Bréfritari: Guðrún Eldjárnsdóttir eldri
Dagsetning: A-1831-06-20
Skrifað á: Brekkukot  Skag.
systir bréfviðtakanda

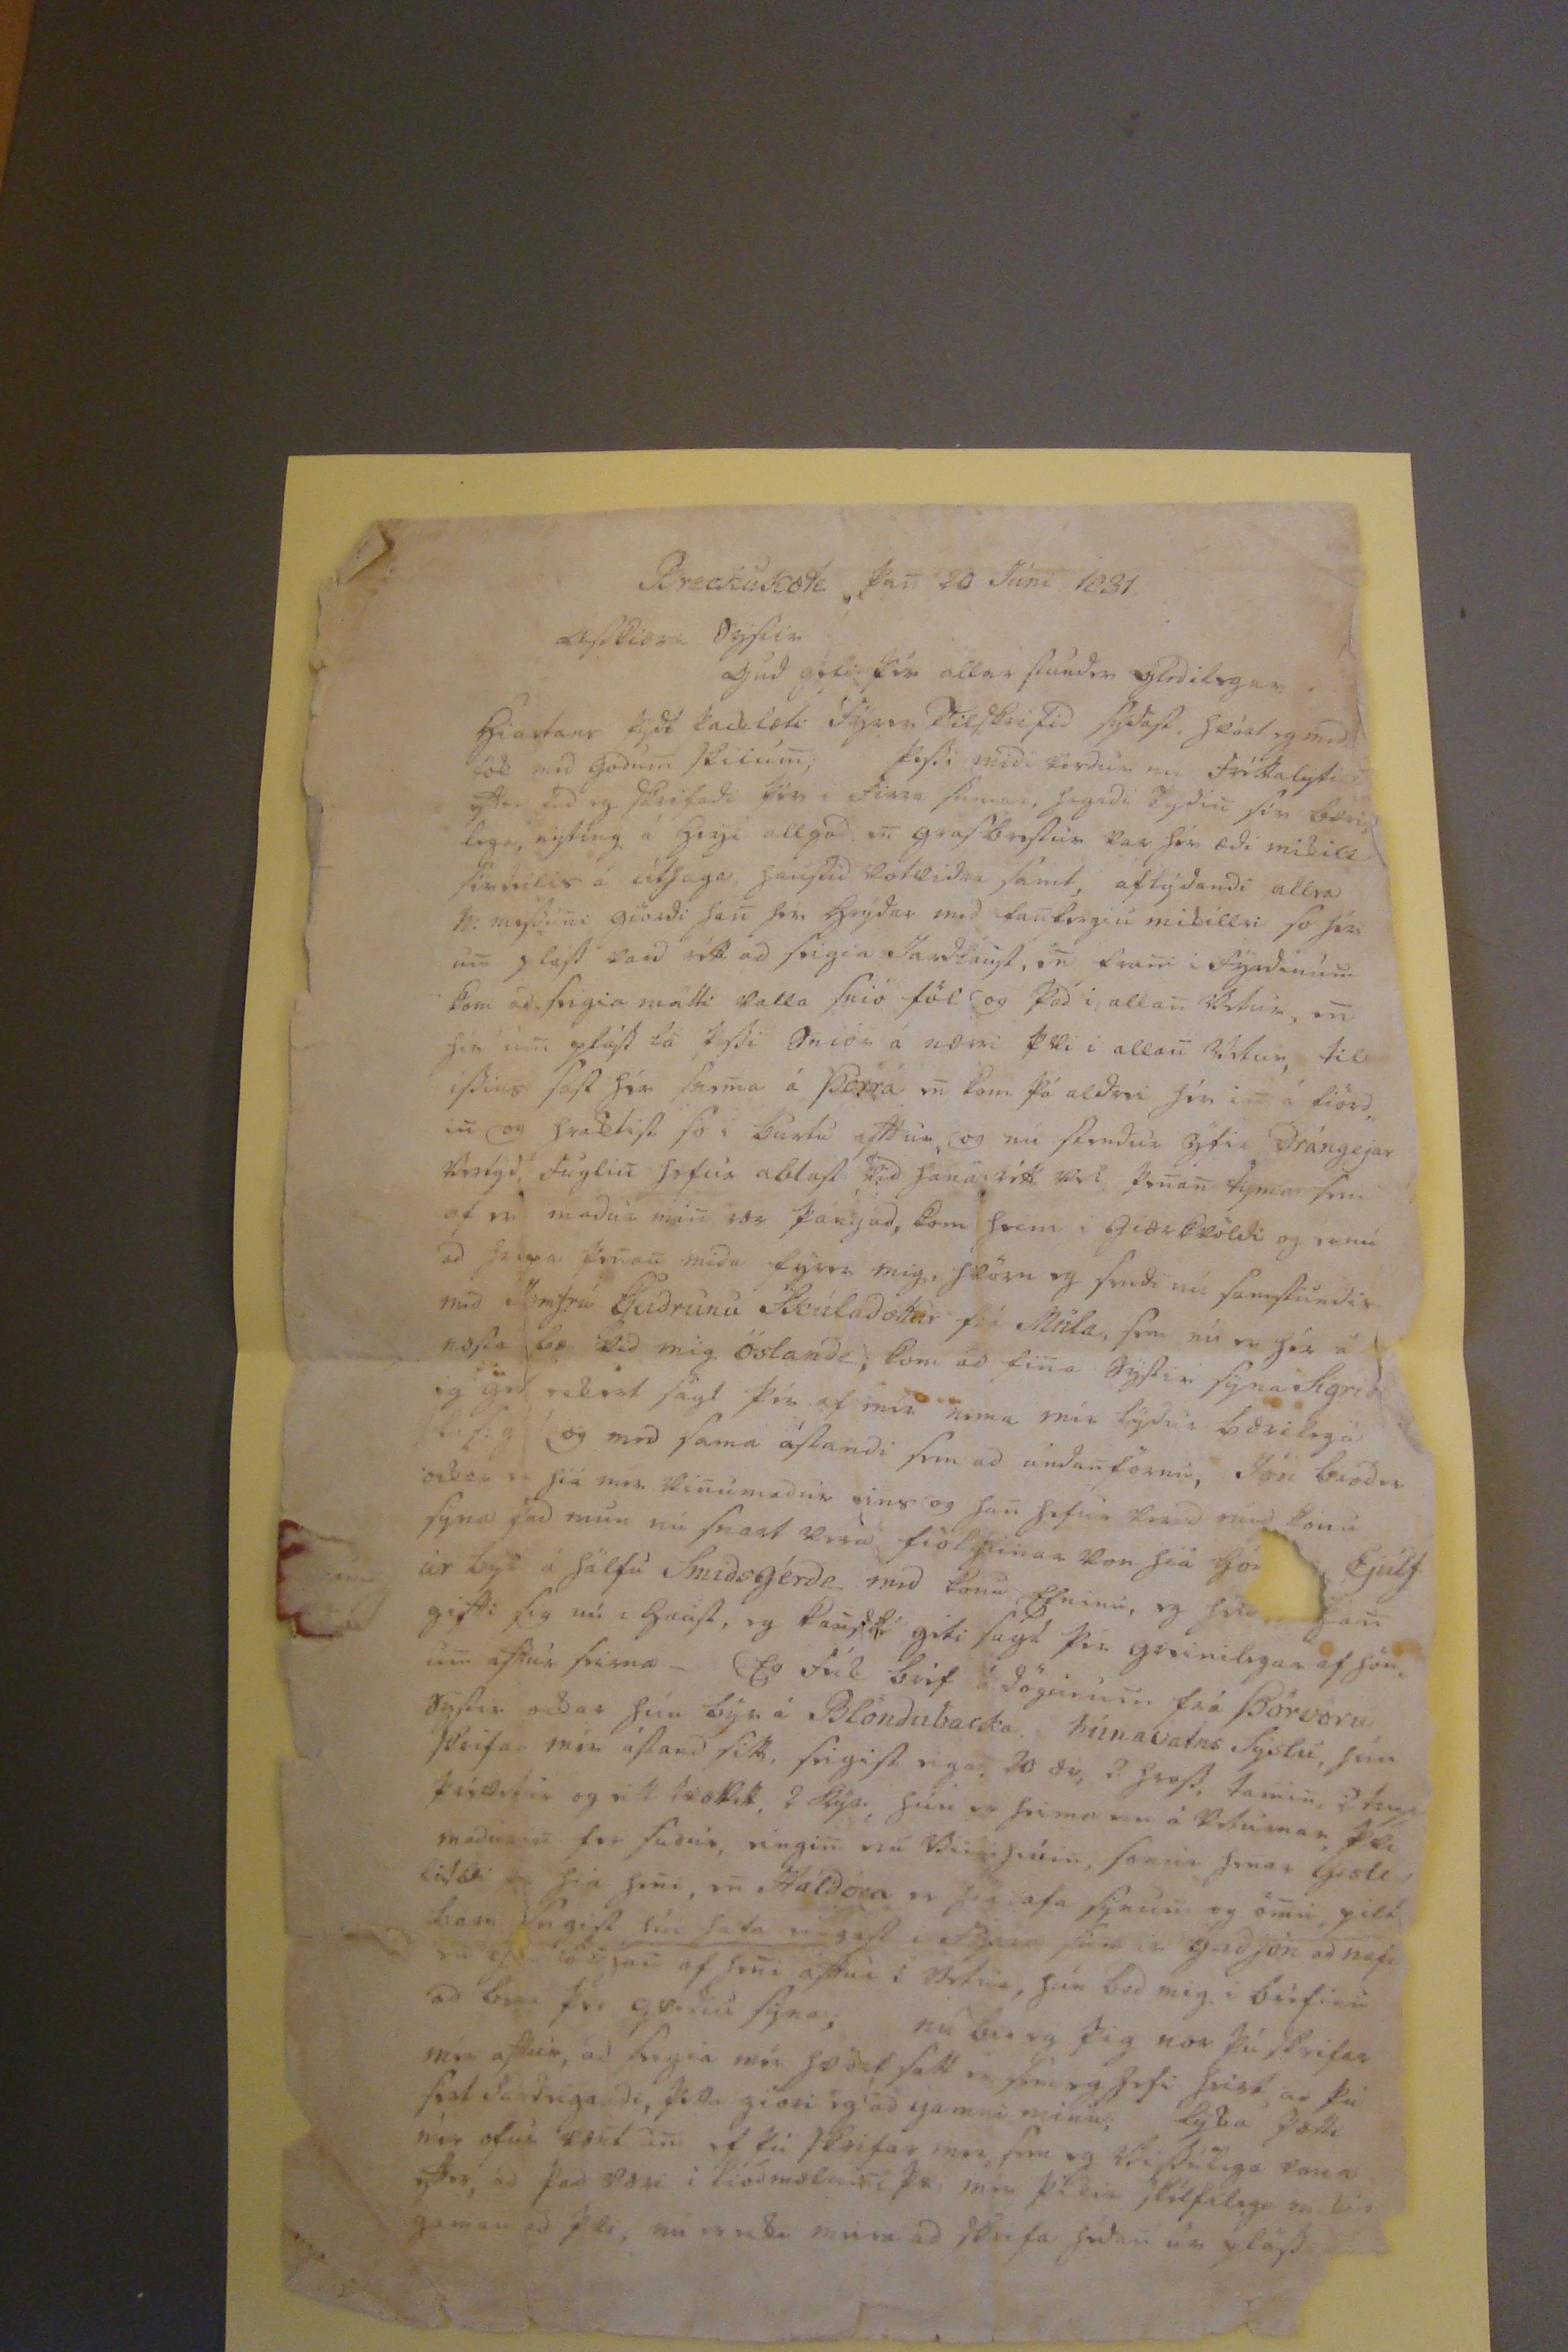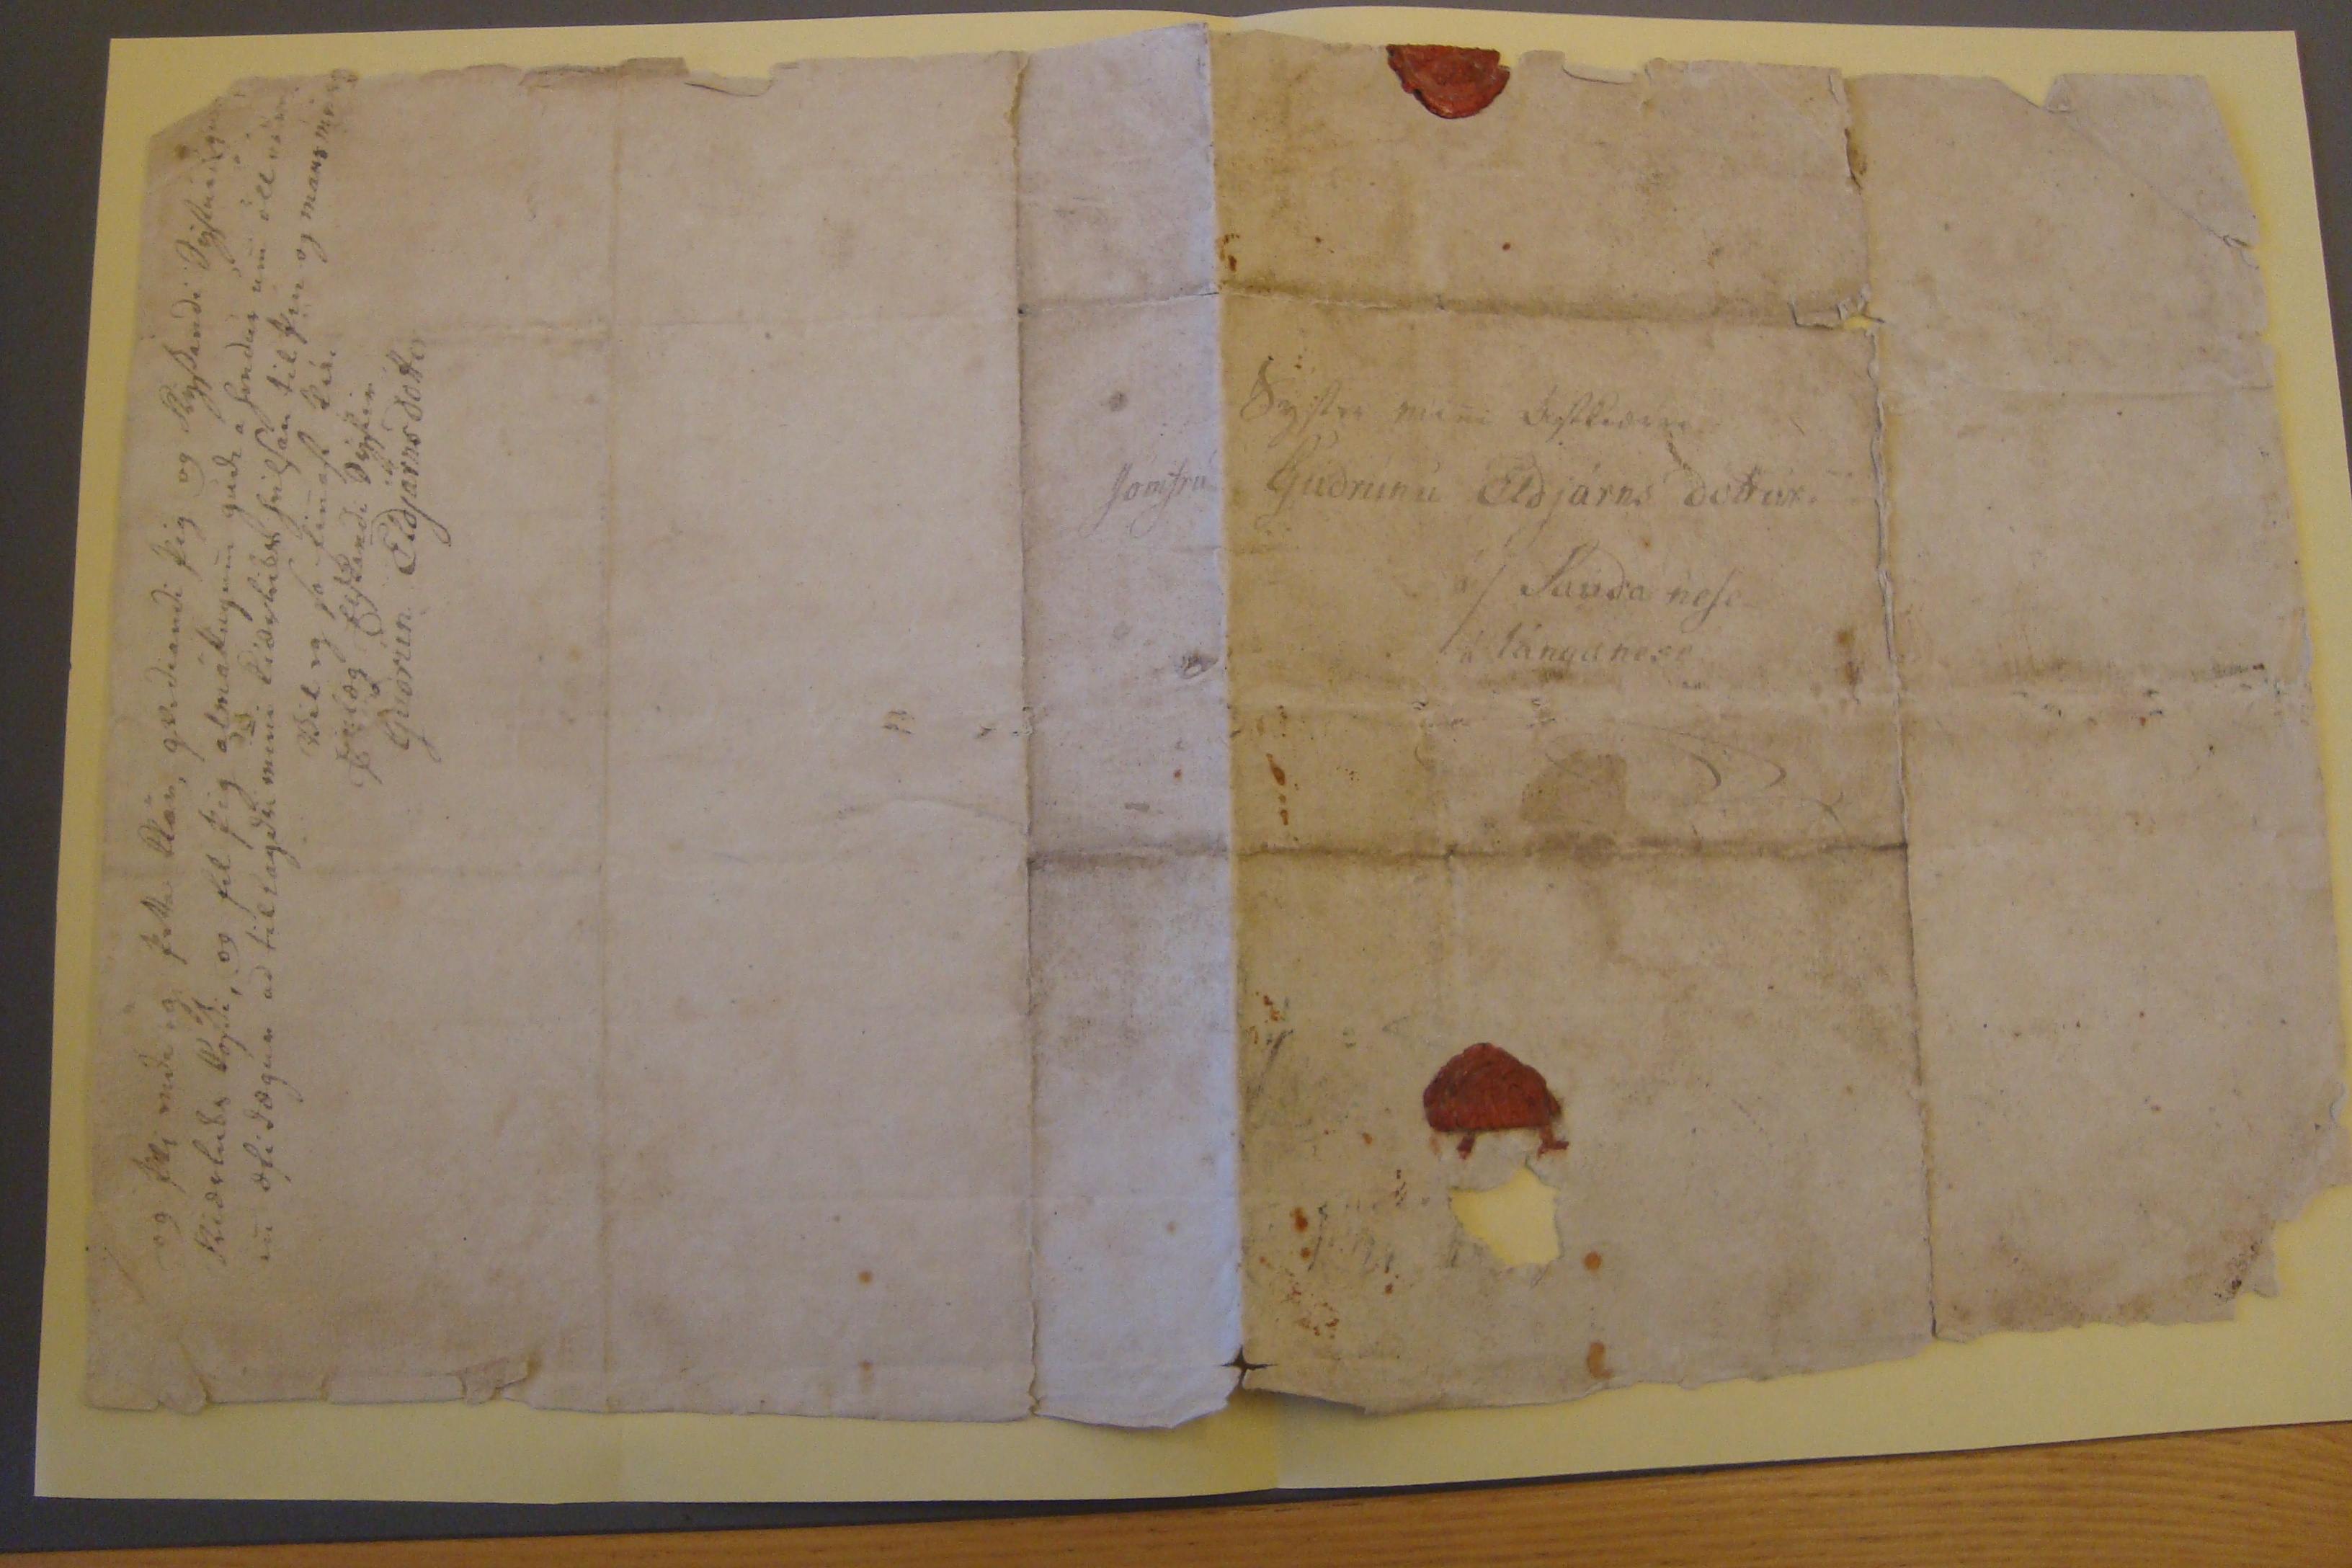

Breckukot þann 20 Júni 1831
aStkiæra Systir
Gud gefi þér allar Stundir gledilegar hiartans þýdi þacklæti Fyrir TilSkrifid SýdaSt Skóst og med lof med godumn Skriumn; þeSSi midi verdur nu frískalyti adar ad og Skrifad þier i Firra Sumar, hagadi bydur Sín bæri lega, nytíng á heyi allgod enn graSbreStum var hér bædi mikill Sinnilis á úlgaga jaiStid volvida Samt, aflýdandi allra V: mydunni giördi hann Sem heýdur med hauSveginn mibillsi So hon umn glaSt vard rétt ad Seigia JardlauSt, enn framn i fyrdinúmn kom ad Seigia matti kalla Snió föl ) og þad i allann Vetur, enn Sáu úm gleýSt lá þSi Sniór á nærri þetti i allann Vetur, til íSsins SaSt hán Snemna á Þorra enn kom þá aldrei Sín inn á fiörd, iu og hraSSiSt So i burtu aftur, g nú Stendur eptir Drángejar Drígd Fuglinn Sefur ablaSt vid Sama vítt en þennann tigmia Sem af m madur minn var þángad, kom heim i giærkvöldi og er nú ad Seiga þennann mida fyrri mig, Skörn og fridi nú SamStundis med Jomfrú Gudrunu Skúladottur frá Múla, Sem nú er hún á næSta bæ vid mig Öslandde, kom ad finna SyStir Syna Sigridi og gat retist Sagt þér af mér nema mír lýdur bærilega lifig og med Sama áStandi Sem ad undannförnu, Jón bródir ockar er hiá mir Vinnumadur eins og hann hefur verid med konu Syna þad mun nú Snast vera fiolgunar lan hia hón
Ejúlf úr býr á halfu Smidsgérde med konu Efninu, og Sn
gann gifti Sig nú i hauSt, og kaufti geti Sagt þier greinilegar af hön um aftur Seina- Eg fék bréf á dögunumn frá Þórvöru SyStir ockar hún býr á Blöndubacka. húnavatns Sýslu hún Skrifar mín áStand Sitt, SeigiSt eiga 20 fe 2 giefi, taminn, 2 hug kvæstir og vit tsættitt, 2 kýr. hún er fremr en á Rtúnar þes madurinn fer fadir, einginn nú Veini Seíni, Sonur Sinar Systir lifsk og hiá henni, enn Haldóra er hia afaSynum og ömnu, gilt hans SeigiSt sín hafa eingaSt Eiga firir gudjón ad nafn er J toSon af henni aftur í Vetur, hún bad mig i bírfirir ad búa þer gerdur Sýna, nu bu eg þig eda þú Skrifar mér aftur, ad Seigia mér Sæist Satt i SUmergSefi heirt ad þú Sert So deigandi, þetta giöri eg ad gamni minu, lyda þótti nú ofur skeit um ef þú Sleifar mer, Sem og B. Sáluga vona þar, ad þad væri i liódmælin lika, mir þikir Skílfilega mikid gaman ad þetta, nú midi meira ad skrifa Sidann eg glagd
og þiki mida eg þetta Plan, gerdiandi þig og Stýsandi DýStuingur Ridslidis Byrdi, og fel þig almáttugumn gudi a hendur umn öllum vid æfidægur ad tillagdri minni lidsleidt heilSán til þín og mans mins
Til og So SinnaSt þér.
Inlæg ElSkandi SýStir
Gudrún Eldjárnsdóttir
Systir minni
kaStlidnar
Jomfrú Gudrúnu Eldjárns dóttur
á/Sauda neSi á lánganesi